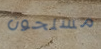
مسلحون